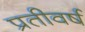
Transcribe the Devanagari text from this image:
प्रतीवर्ष